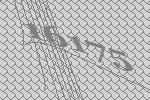
16175